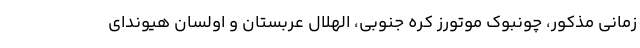
زمانی مذکور، چونبوک موتورز کره جنوبی، الهلال عربستان و اولسان هیوندای